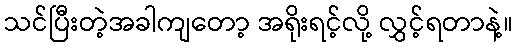
သင်ပြီးတဲ့အခါကျတော့ အရိုးရင့်လို့ လွှင့်ရတာနဲ့။